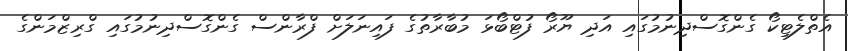
އެތްލެޓިކޯ ގެންގޮސްދިނުމުގައި އަދި ޔޫރޯ ފުޓްބޯޅަ މުބާރާތުގެ ފައިނަލަށް ފްރާންސް ގެންގޮސްދިނުމުގައި ގްރިޒްމަންގެ